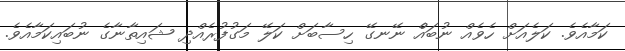
ކަމާއެވެ. ކަލެއަށް ހެވެއް ނުބައެް ނޭނގޭ ހިސާބަށް ކަލޭ މަގުފުރެއްދި ޝައިތާނާގެ ނުބައިކަމާއެވެ.